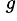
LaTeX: ^{\, g}